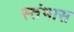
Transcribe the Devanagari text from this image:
स्तंभास